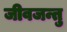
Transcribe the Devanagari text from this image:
जीवजन्तु